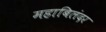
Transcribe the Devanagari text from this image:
महाबिलंदर